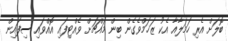
ބޮލަށް އެރި ހަމަލާއާ އެކު ޒަޚަމްވެގެން ބިން މައްޗަށް ވެއްޓިފައި އޮއްވައި ސިފައިން